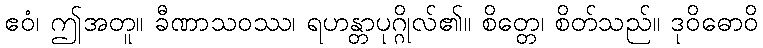
ဧဝံ၊ ဤအတူ။ ခီဏာသဝဿ၊ ရဟန္တာပုဂ္ဂိုလ်၏။ စိတ္တေ၊ စိတ်သည်။ ဒုဝိဓောဝိ